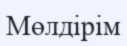
Мөлдірім